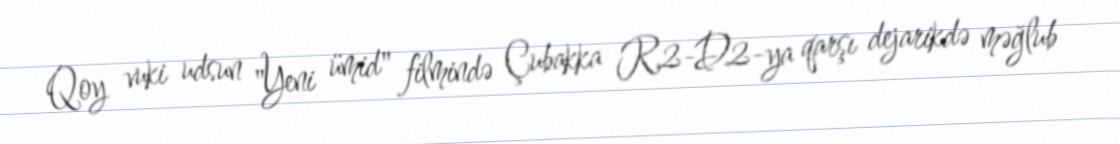
Qoy vuki udsun "Yeni ümid" filmində Çubakka R2-D2-ya qarşı dejarikdə məğlub